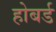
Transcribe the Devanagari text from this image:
होबर्ड